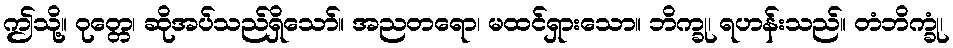
ဤသို့။ ဝုတ္တေ၊ ဆိုအပ်သည်ရှိသော်။ အညတရော၊ မထင်ရှားသော။ ဘိက္ခု၊ ရဟန်းသည်။ တံဘိက္ခုံ၊